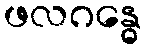
ဖလဂန္ဓေ